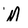
Character: M